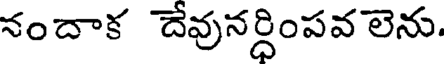
నందాక దేవునర్ధింపవ లెను.